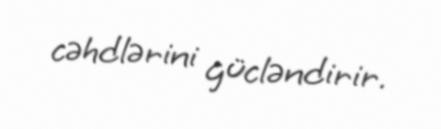
cəhdlərini gücləndirir.